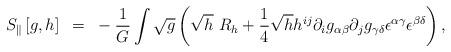
LaTeX: \begin{align*}S_{\|}\left[g,h \right]~=~-{1 \over G}\int \sqrt g \left(\sqrt h~R_h +{1 \over4}\sqrt h h^{ij} \partial_ig_{\alpha \beta}\partial_jg_{\gamma\delta}{\epsilon}^{\alpha \gamma}{\epsilon}^{\beta \delta}\right),\end{align*}